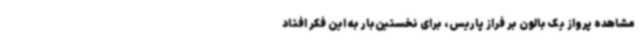
مشاهده پرواز یک بالون بر فراز پاریس، برای نخستین‌بار به این فکر افتاد